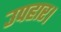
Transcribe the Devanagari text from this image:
उपहार।